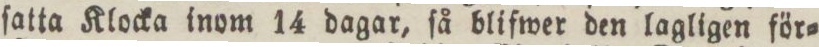
ſatta Klocka inom 14 dagar, ſå blifwer den lagligen för=